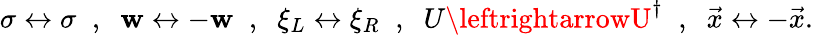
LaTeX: \sigma\leftrightarrow\sigma\; \; ,\; \; \mathbf{w}\leftrightarrow-\mathbf{w}\; \; ,\; \; \xi_{L}\leftrightarrow\xi_{R}\; \; ,\; \; U\leftrightarrowU^{\dagger}\; \; ,\; \; \vec{{x}}\leftrightarrow-\vec{{x}}.